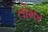
તોમર